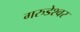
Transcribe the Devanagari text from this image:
गरुडेश्वर